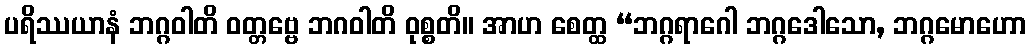
ပရိဿယာနံ ဘဂ္ဂဝါတိ ဝတ္တဗ္ဗေ ဘဂဝါတိ ဝုစ္စတိ။ အာဟ စေတ္ထ “ဘဂ္ဂရာဂေါ ဘဂ္ဂဒေါသော, ဘဂ္ဂမောဟော